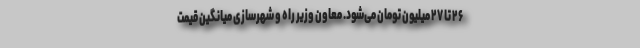
۲۶ تا ۲۷ میلیون تومان می‌شود. معاون وزیر راه و شهرسازی میانگین قیمت